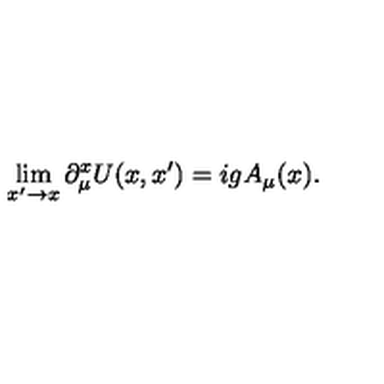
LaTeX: \lim _ { x ^ { \prime } \to x } \partial _ { \mu } ^ { x } U ( x , x ^ { \prime } ) = i g A _ { \mu } ( x ) .